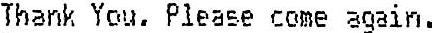
THANK YOU. PLEASE COME AGAIN.